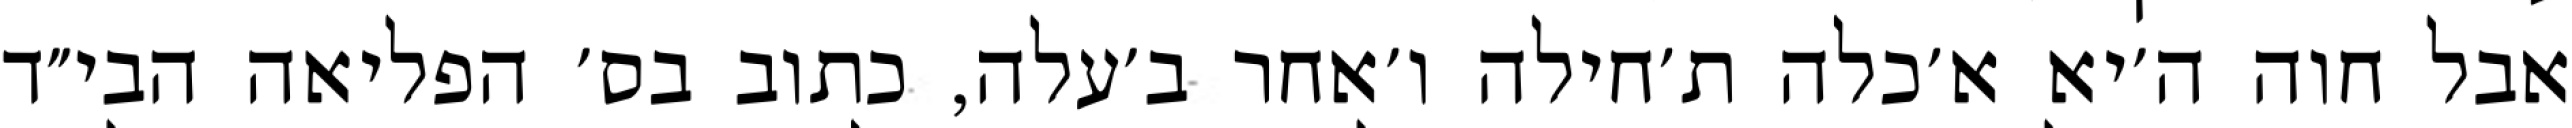
אבל חוה ה׳יא א׳כלה ת׳חילה ו׳אחר ב׳עלה, כתוב בס׳ הפליאה הבי״ד